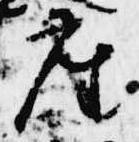
座